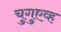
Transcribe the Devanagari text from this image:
चुगुएव्ह